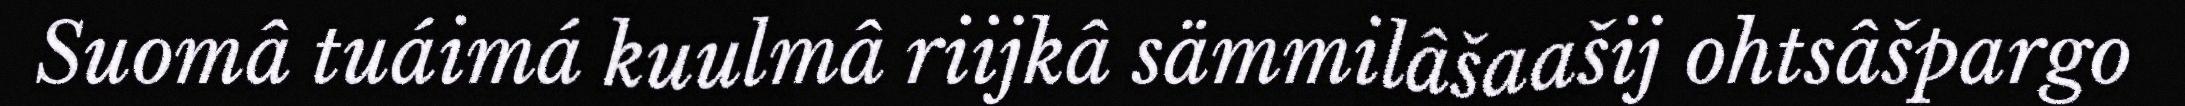
Suomâ tuáimá kuulmâ riijkâ sämmilâšaašij ohtsâšpargo